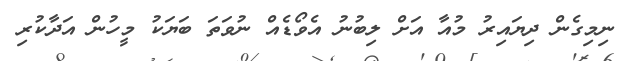
ނިމިގެން ދިޔައިރު މުއާ އަށް ލިބުނު އެވޯޑެއް ނުވަތަ ބަޔަކު މީހުން އަދާކުރި